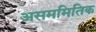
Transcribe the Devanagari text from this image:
असममितिक